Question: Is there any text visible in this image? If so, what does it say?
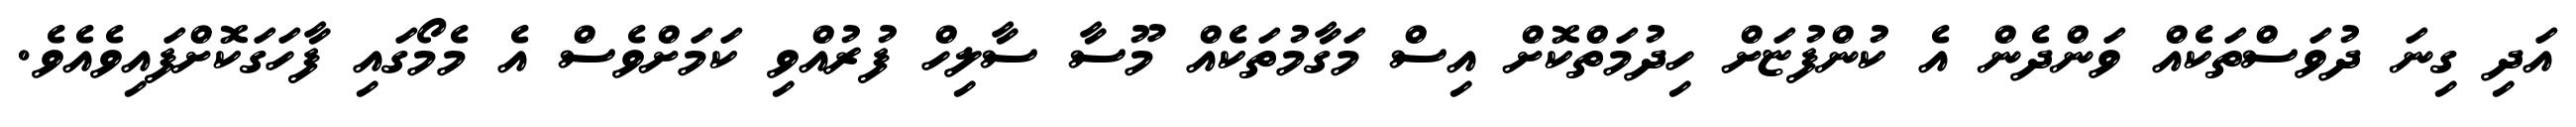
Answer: އަދި ގިނަ ދުވަސްތަކެއް ވަންދެން އެ ކުންފުޏަށް ހިދުމަތްކޮށް އިސް މަގާމުތަކެއް މޫސާ ސާލިހް ފުރުއްވި ކަމަށްވެސް އެ މެމޯގައި ފާހަގަކޮށްފައިވެއެވެ.